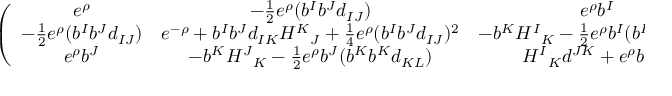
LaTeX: \left( \begin{array} { c c c } { { e ^ { \rho } } } & { { - { \frac { 1 } { 2 } } e ^ { \rho } ( b ^ { I } b ^ { J } d _ { I J } ) } } & { { e ^ { \rho } b ^ { I } } } \\ { { - { \frac { 1 } { 2 } } e ^ { \rho } ( b ^ { I } b ^ { J } d _ { I J } ) } } & { { e ^ { - \rho } + b ^ { I } b ^ { J } d _ { I K } { H ^ { K } } _ { J } + { \frac { 1 } { 4 } } e ^ { \rho } ( b ^ { I } b ^ { J } d _ { I J } ) ^ { 2 } } } & { { - b ^ { K } { H ^ { I } } _ { K } - { \frac { 1 } { 2 } } e ^ { \rho } b ^ { I } ( b ^ { K } b ^ { L } d _ { K L } ) } } \\ { { e ^ { \rho } b ^ { J } } } & { { - b ^ { K } { H ^ { J } } _ { K } - { \frac { 1 } { 2 } } e ^ { \rho } b ^ { J } ( b ^ { K } b ^ { K } d _ { K L } ) } } & { { { H ^ { I } } _ { K } d ^ { J K } + e ^ { \rho } b ^ { I } b ^ { J } } } \end{array} \right)